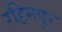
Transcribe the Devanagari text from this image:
रहिमपूर